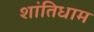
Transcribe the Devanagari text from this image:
शांतिधाम